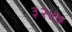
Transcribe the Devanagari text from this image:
३२४७